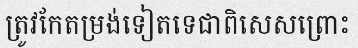
ត្រូវកែតម្រង់ទៀតទេជាពិសេសព្រោះ